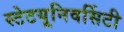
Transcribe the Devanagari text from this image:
स्टेटयूनिवर्सिटी